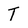
Character: T